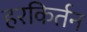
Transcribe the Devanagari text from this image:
हरकिर्तन